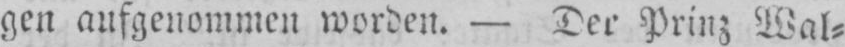
gen aufgenommen worden. - Der Prinz Wal⸗